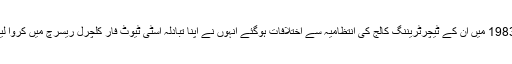
1983 میں ان کے ٹیچرٹریننگ کالج کی انتظامیہ سے اختلافات ہوگئے انہوں نے اپنا تبادلہ اسٹی ٹیوٹ فار کلچرل ریسرچ میں کروا لیا۔